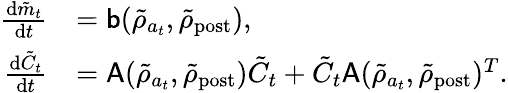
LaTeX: \begin{array}{rl}{\frac{\mathrm{d}\tilde{m}_{t}}{\mathrm{d}t}}&{=\mathsf{b}(\tilde{\rho}_{a_{t}},\tilde{\rho}_{\mathrm{post}}),}\\ {\frac{\mathrm{d}\tilde{C}_{t}}{\mathrm{d}t}}&{=\mathsf{A}(\tilde{\rho}_{a_{t}},\tilde{\rho}_{\mathrm{post}})\tilde{C}_{t}+\tilde{C}_{t}\mathsf{A}(\tilde{\rho}_{a_{t}},\tilde{\rho}_{\mathrm{post}})^{T}.}\end{array}